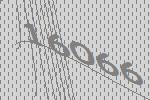
16066